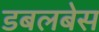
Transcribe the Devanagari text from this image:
डबलबेस